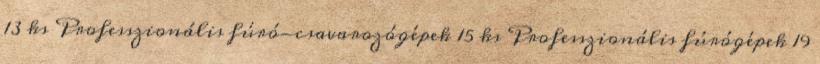
13 ks Professzionális fúró-csavarozógépek 15 ks Professzionális fúrógépek 19